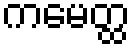
ကမေတ္ထ